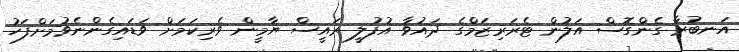
އަނބުރާ ގެންގޮސް އަލުން ޓެރަރިޒަމްގެ ދައުވާ އުފުލީ ރައީސް ޔާމީން ވެރިކަމަށް ވަޑައިގެންނެވުމަށްފަހު